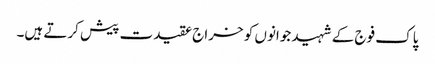
پاک فوج کے شہید جوانوں کو خراج عقیدت پیش کرتے ہیں۔